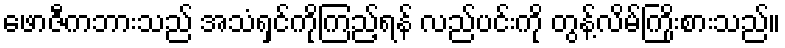
ဖောဇီကဘားသည် အသံရှင်ကိုကြည့်ရန် လည်ပင်းကို တွန့်လိမ်ကြိုးစားသည်။